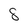
Character: 8